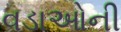
વડાઓની